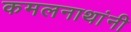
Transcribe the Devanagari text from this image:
कमलनाथांनी